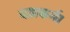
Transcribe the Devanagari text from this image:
यज्ञकर्म।